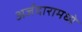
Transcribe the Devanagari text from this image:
अर्जदारामध्ये